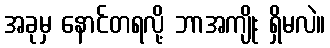
အခုမှ နောင်တရလို့ ဘာအကျိုး ရှိမလဲ။